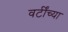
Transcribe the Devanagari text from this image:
वर्टींच्या